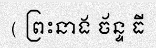
( ព្រះនាង ច័ន្ទ ធី